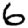
Digit: 6